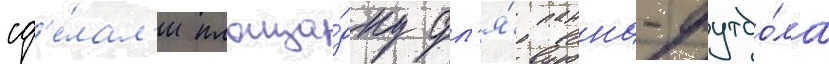
сд'е́лал'и площа́дку дл'я́ панна-футбо́ла